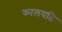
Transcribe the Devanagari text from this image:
कालपति